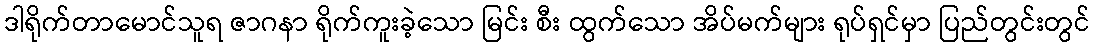
ဒါရိုက်တာမောင်သူရ ဇာဂနာ ရိုက်ကူးခဲ့သော မြင်း စီး ထွက်သော အိပ်မက်များ ရုပ်ရှင်မှာ ပြည်တွင်းတွင်